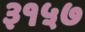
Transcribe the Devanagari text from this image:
३१५७